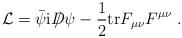
\begin{align*}{\cal L} = \bar{\psi} {\rm i} D \!\!\!\!/ \, \psi - \frac{1}{2}{\rm tr}F_{\mu \nu} F^{\mu \nu} \ .\end{align*}